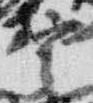
宰